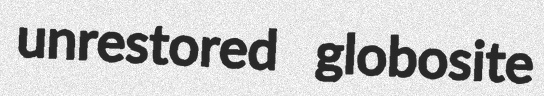
unrestored globosite